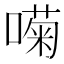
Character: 𱔚